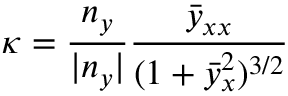
\kappa = \frac { n _ { y } } { | n _ { y } | } \frac { \bar { y } _ { x x } } { ( 1 + \bar { y } _ { x } ^ { 2 } ) ^ { 3 / 2 } }